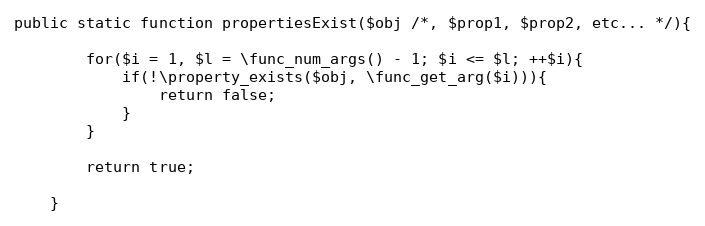
Language: PHP
public static function propertiesExist($obj /*, $prop1, $prop2, etc... */){

		for($i = 1, $l = \func_num_args() - 1; $i <= $l; ++$i){
			if(!\property_exists($obj, \func_get_arg($i))){
				return false;
			}
		}

		return true;

	}